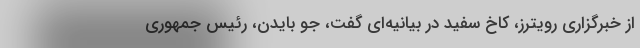
از خبرگزاری رویترز، کاخ سفید در بیانیه‌ای گفت، جو بایدن، رئیس جمهوری